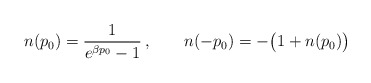
\begin{align*} n(p_0) = {1 \over e^{\beta p_0} -1}\, ,\qquad n(-p_0) = - \bigl( 1 + n(p_0) \bigr)\end{align*}